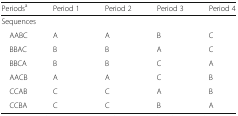
<table><thead><tr><td><b>Periods<sup>a</sup></b></td><td><b>Period 1</b></td><td><b>Period 2</b></td><td><b>Period 3</b></td><td><b>Period 4</b></td></tr></thead><tbody><tr><td colspan="5">Sequences</td></tr><tr><td> AABC</td><td>A</td><td>A</td><td>B</td><td>C</td></tr><tr><td> BBAC</td><td>B</td><td>B</td><td>A</td><td>C</td></tr><tr><td> BBCA</td><td>B</td><td>B</td><td>C</td><td>A</td></tr><tr><td> AACB</td><td>A</td><td>A</td><td>C</td><td>B</td></tr><tr><td> CCAB</td><td>C</td><td>C</td><td>A</td><td>B</td></tr><tr><td> CCBA</td><td>C</td><td>C</td><td>B</td><td>A</td></tr></tbody></table>